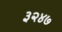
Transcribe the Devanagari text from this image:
३२४७